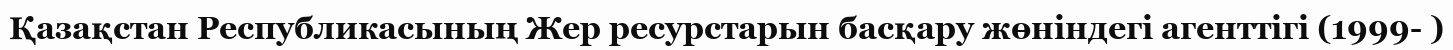
Қазақстан Республикасының Жер ресурстарын басқару жөніндегі агенттігі (1999- )